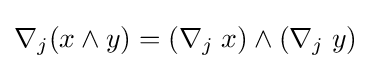
\nabla _{j}(x\wedge y)=(\nabla _{j}\;x)\wedge (\nabla _{j}\;y)